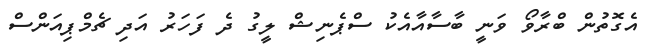
އެގޮތުން ބްރާވޯ ވަނީ ބާސާއާއެކު ސްޕެނިޝް ލީގު ދެ ފަހަރު އަދި ޗެމްޕިއަންސް